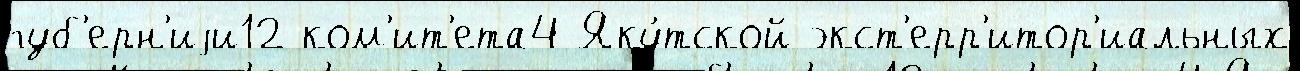
губ'ерн'иjи12 ком'ит'ета4 Яку́тской экст'ерр'итор'иальных